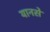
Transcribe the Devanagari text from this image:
यानसे